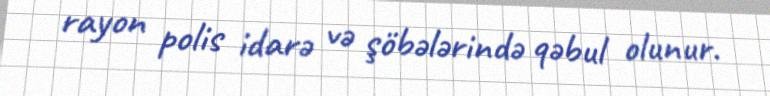
rayon polis idarə və şöbələrində qəbul olunur.